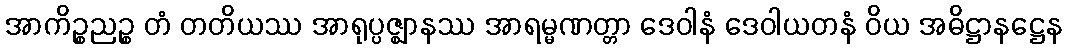
အာကိဉ္စညဉ္စ တံ တတိယဿ အာရုပ္ပဇ္ဈာနဿ အာရမ္မဏတ္တာ ဒေဝါနံ ဒေဝါယတနံ ဝိယ အဓိဋ္ဌာနဋ္ဌေန